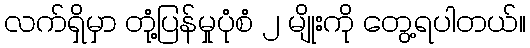
လက်ရှိမှာ တုံ့ပြန်မှုပုံစံ ၂ မျိုးကို တွေ့ရပါတယ်။